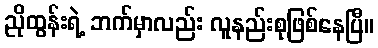
ညိုထွန်းရဲ့ ဘက်မှာလည်း လူနည်းစုဖြစ်နေပြီ။